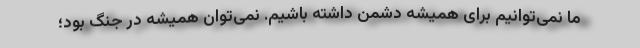
ما نمی‌توانیم برای همیشه دشمن داشته باشیم. نمی‌توان همیشه در جنگ بود؛